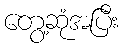
တွေ့ဆုံအပြီး